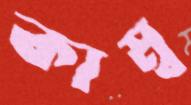
কাম্ব